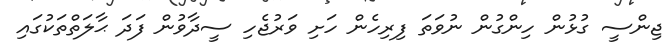
ޖިންސީ ގުޅުން ހިންގުން ނުވަތަ ފިރިހެން ހަށި ވަރުޖެހި ސީދާވުން ފަދަ ޙާލަތްތަކުގައި